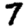
Digit: 7